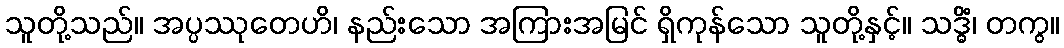
သူတို့သည်။ အပ္ပဿုတေဟိ၊ နည်းသော အကြားအမြင် ရှိကုန်သော သူတို့နှင့်။ သဒ္ဓိံ၊ တကွ။